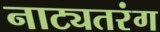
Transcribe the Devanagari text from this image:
नाट्यतरंग